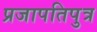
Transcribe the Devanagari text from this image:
प्रजापतिपुत्र